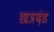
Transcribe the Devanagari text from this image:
छत्रदंड